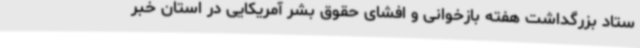
ستاد بزرگداشت هفته بازخوانی و افشای حقوق بشر آمریکایی در استان خبر